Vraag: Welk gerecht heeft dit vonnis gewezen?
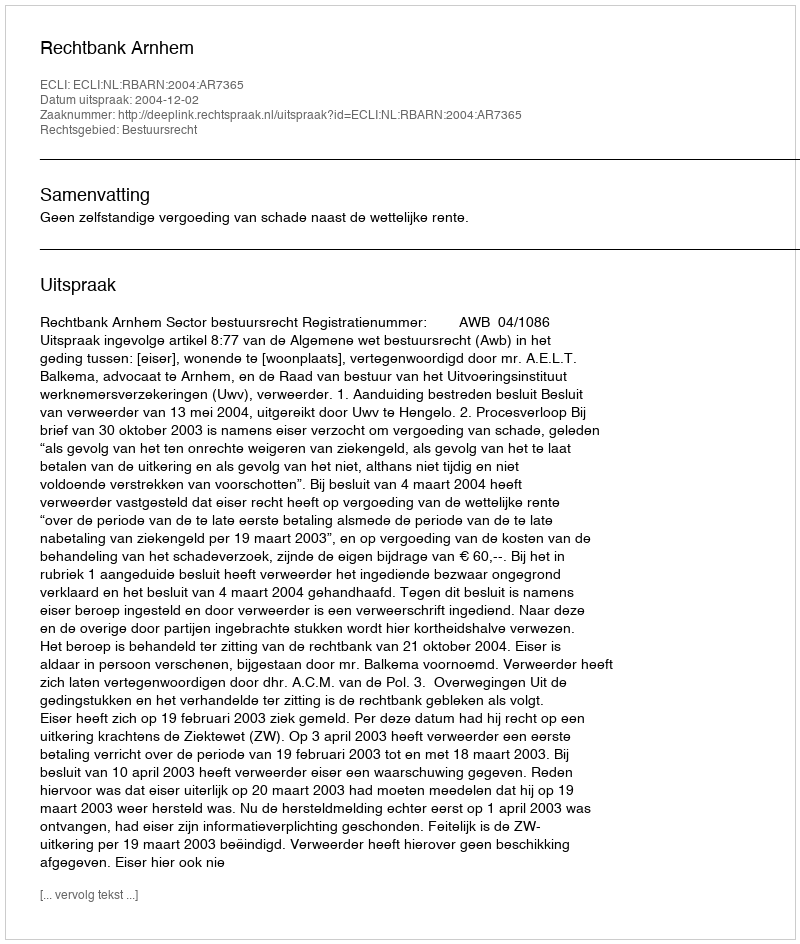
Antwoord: Rechtbank Arnhem